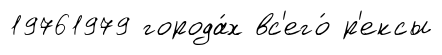
19761979 города́х вс'его́ р'ексы